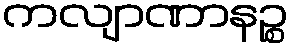
ကလျာဏာနဉ္စ